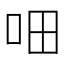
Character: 𰇐